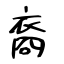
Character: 裔